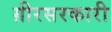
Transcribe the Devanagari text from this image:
ग़ीरसरकारी